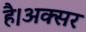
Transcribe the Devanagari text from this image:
है।अक्सर